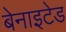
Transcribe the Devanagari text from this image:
बेनाइटेड